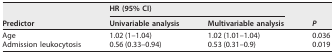
<table><thead><tr><td rowspan="2"><b>Predictor</b></td><td colspan="2"><b>HR (95% CI)</b></td><td rowspan="2"><b><i>P</i></b></td></tr><tr><td><b>Univariable analysis</b></td><td><b>Multivariable analysis</b></td></tr></thead><tbody><tr><td>Age</td><td>1.02 (1–1.04)</td><td>1.02 (1.01–1.04)</td><td>0.036</td></tr><tr><td>Admission leukocytosis</td><td>0.56 (0.33–0.94)</td><td>0.53 (0.31–0.9)</td><td>0.019</td></tr></tbody></table>